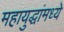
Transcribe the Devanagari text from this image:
महायुद्धांमध्ये